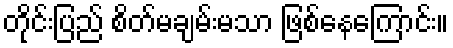
တိုင်းပြည် စိတ်မချမ်းမသာ ဖြစ်နေကြောင်း။